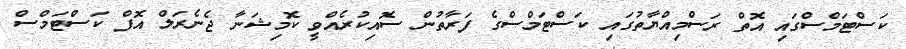
ކަސްޓަމްސްގައި އޮތް ރަސްމިއްޔާތުގައި ކަސްޓަމްސްގެ ފަރާތުން ސޮއިކުރެއްވީ ކޮމިޝަނާ ޖެނެރަލް އޮފް ކަސްޓަމްސް